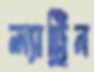
ল্যাট্রিন